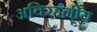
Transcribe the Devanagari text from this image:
अविरहनीय